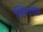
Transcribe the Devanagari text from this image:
स्किउरोस